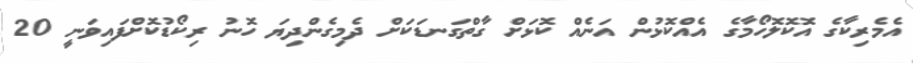
އެމެރިކާގެ އޮކޮލޮހޯމާގެ އެއްކޮޅުން އަނެއް ކޮޅަށް ގާތްގަނޑަކަށް ދެމިގެންދިޔަ ހޮނު ރިކޯޑުކޮށްފައިވަނީ 20